Black-water fever - Number 35
Disease focus: Fever
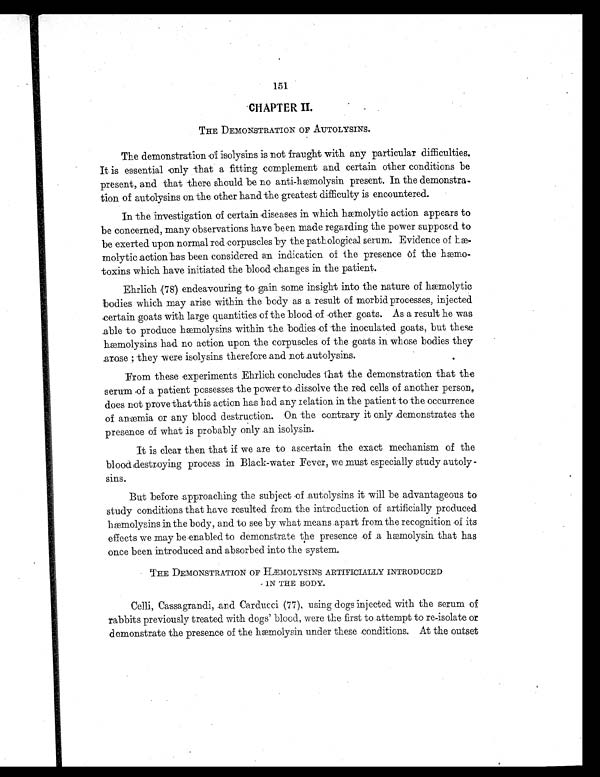
151
CHAPTER II.
THE DEMONSTRATION OF AUTOLYSINS.
The demonstration of isolysins is not fraught with any particular difficulties.
It is essential only that a fitting complement and certain other conditions be
present, and that there should be no anti-hæmolysin present. In the demonstra-
tion of autolysins on the other hand the greatest difficulty is encountered.
In the investigation of certain diseases in which hæmolytic action appears to
be concerned, many observations have been made regarding the power supposed to
be exerted upon normal red corpuscles by the pathological serum. Evidence of hæ-
molytic action has been considered an indication of the presence of the hæmo-
toxins which have initiated the blood changes in the patient.
Ehrlich (78) endeavouring to gain some insight into the nature of hæmolytic
bodies which may arise within the body as a result of morbid processes, injected
certain goats with large quantities of the blood of other goats. As a result he was
able to produce hæmolysins within the bodies of the inoculated goats, but these
hæmolysins had no action upon the corpuscles of the goats in whose bodies they
arose ; they were isolysins therefore and not autolysins.
From these experiments Ehrlich concludes that the demonstration that the
serum of a patient possesses the power to dissolve the red cells of another person,
does not prove that this action has had any relation in the patient to the occurrence
of anæmia or any blood destruction. On the contrary it only demonstrates the
presence of what is probably only an isolysin.
It is clear then that if we are to ascertain the exact mechanism of the
blood destroying process in Black-water Fever, we must especially study autoly-
sins.
But before approaching the subject of autolysins it will be advantageous to
study conditions that have resulted from the introduction of artificially produced
hæmolysins in the body, and to see by what means apart from the recognition of its
effects we may be enabled to demonstrate the presence of a hæmolysin that has
once been introduced and absorbed into the system.
THE DEMONSTRATION OF HÆMOLYSINS ARTIFICIALLY INTRODUCED
IN THE BODY.
Celli, Cassagrandi, and Carlucci (77), using dogs injected with the serum of
rabbits previously treated with dogs' blood, were the first to attempt to re-isolate or
demonstrate the presence of the hæmolysin under these conditions. At the outset